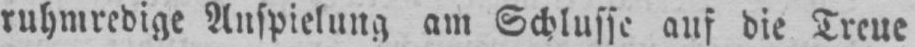
ruhmredige Anspielung am Schlusse auf die Treue